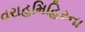
વરાહમિહિરના